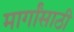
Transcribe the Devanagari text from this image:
मार्गांसाठी